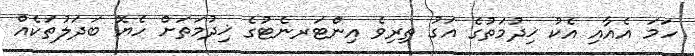
ހަމަ އެއާއި އެކު ޚިދުމަތުގެ އަގު ތިރިވެ އިންޓަރނެޓުގެ ޚިދުމަތަށް ހެޔޮ ބަދަލުތަކެއް